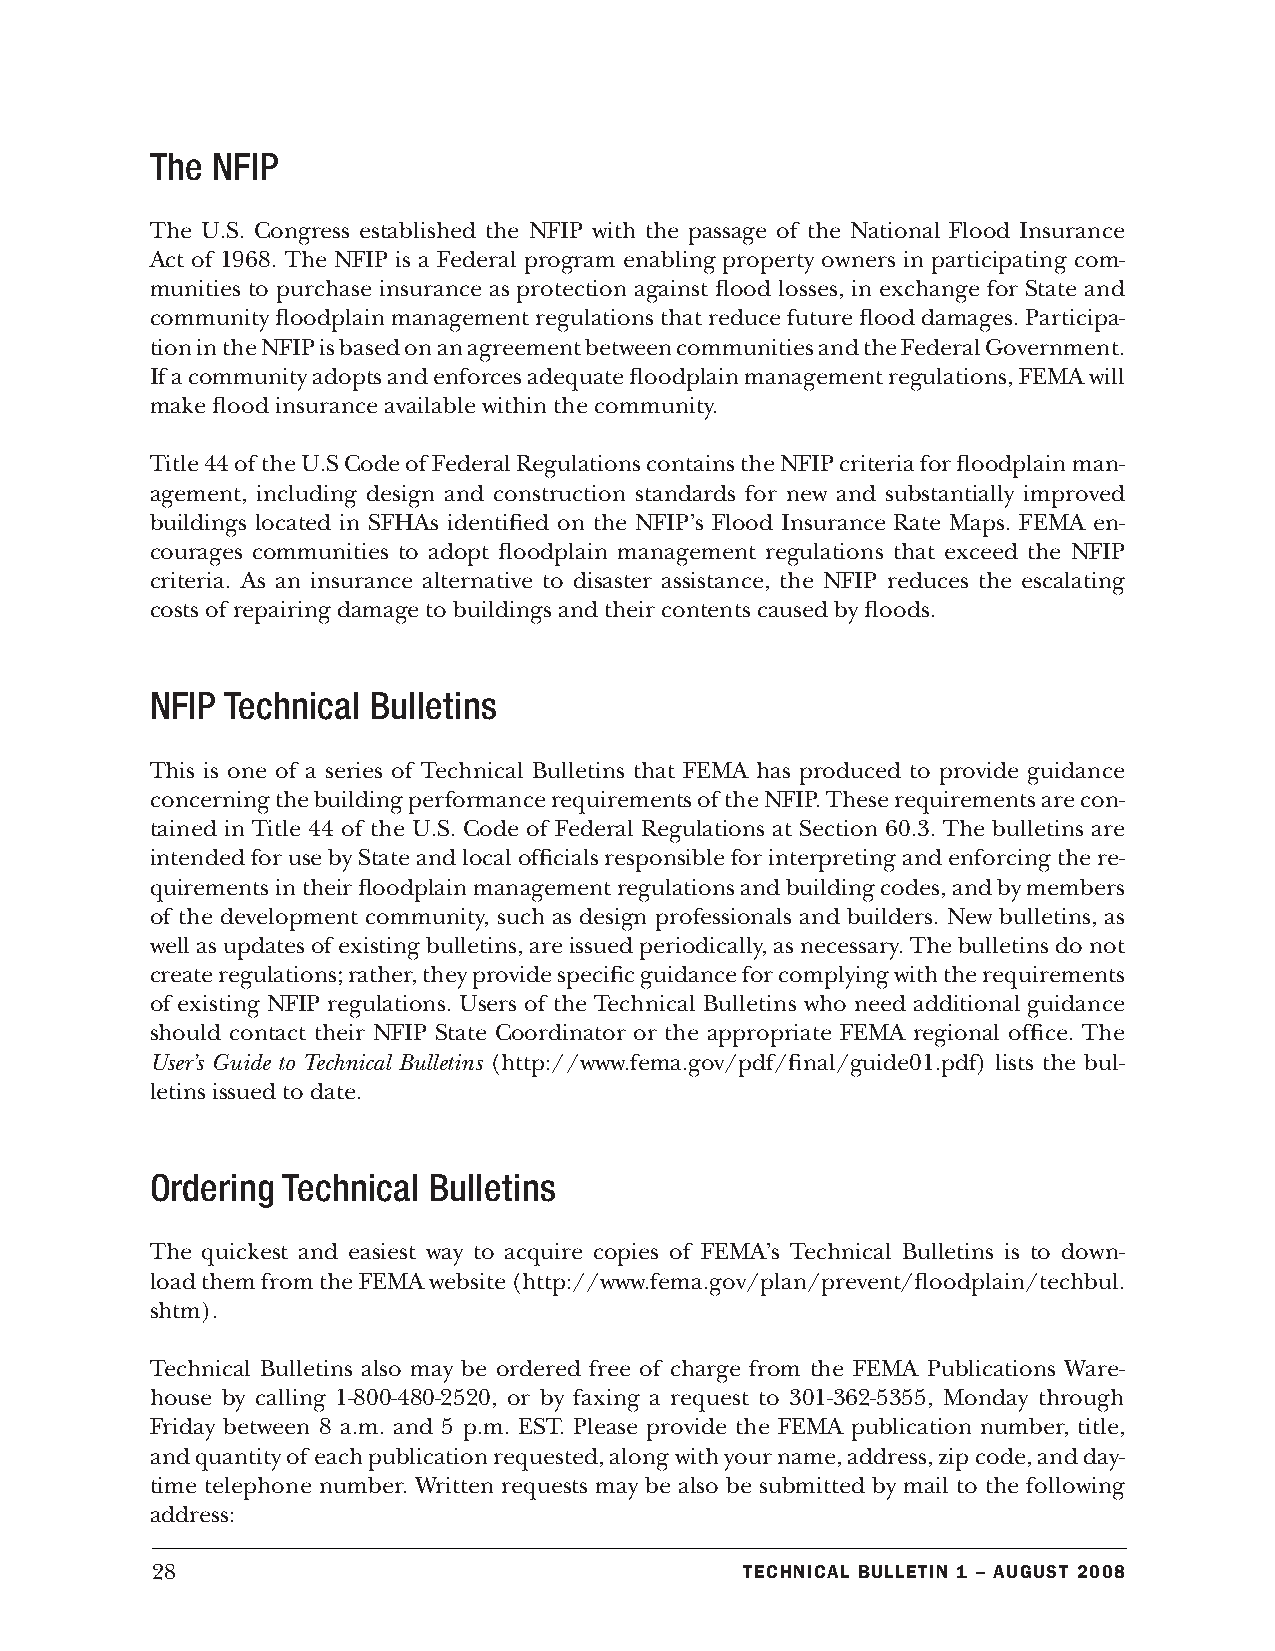
The NFIP
 The U.S. Congress established the NFIP with the passage of the National Flood Insurance
 Act of 1968. The NFIP is a Federal program enabling property owners in participating com-
 munities to purchase insurance as protection against flood losses, in exchange for State and
 community floodplain management regulations that reduce future flood damages. Participa-
 tion in the NFIP is based on an agreement between communities and the Federal Government.
 If a community adopts and enforces adequate floodplain management regulations, FEMA will
 make flood insurance available within the community.
 Title 44 of the U.S Code of Federal Regulations contains the NFIP criteria for floodplain man-
 agement, including design and construction standards for new and substantially improved
 buildings located in SFHAs identified on the NFIP’s Flood Insurance Rate Maps. FEMA en-
 courages communities to adopt floodplain management regulations that exceed the NFIP
 criteria. As an insurance alternative to disaster assistance, the NFIP reduces the escalating
 costs of repairing damage to buildings and their contents caused by floods.
 NFIP Technical Bulletins
 This is one of a series of Technical Bulletins that FEMA has produced to provide guidance
 concerning the building performance requirements of the NFIP. These requirements are con-
 tained in Title 44 of the U.S. Code of Federal Regulations at Section 60.3. The bulletins are
 intended for use by State and local officials responsible for interpreting and enforcing the re-
 quirements in their floodplain management regulations and building codes, and by members
 of the development community, such as design professionals and builders. New bulletins, as
 well as updates of existing bulletins, are issued periodically, as necessary. The bulletins do not
 create regulations; rather, they provide specific guidance for complying with the requirements
 of existing NFIP regulations. Users of the Technical Bulletins who need additional guidance
 should contact their NFIP State Coordinator or the appropriate FEMA regional office. The
 User’s Guide to Technical Bulletins (http://www.fema.gov/pdf/final/guide01.pdf) lists the bul-
 letins issued to date.
 Ordering Technical Bulletins
 The quickest and easiest way to acquire copies of FEMA’s Technical Bulletins is to down-
 load them from the FEMA website (http://www.fema.gov/plan/prevent/floodplain/techbul.
 shtm).
 Technical Bulletins also may be ordered free of charge from the FEMA Publications Ware-
 house by calling 1-800-480-2520, or by faxing a request to 301-362-5355, Monday through
 Friday between 8 a.m. and 5 p.m. EST. Please provide the FEMA publication number, title,
 and quantity of each publication requested, along with your name, address, zip code, and day-
 time telephone number. Written requests may be also be submitted by mail to the following
 address:
 28                                     Technical BulleTin 1 – augusT 2008